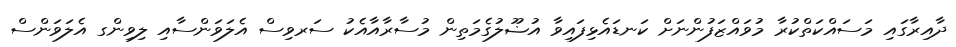
ދާއިރާގައި މަސައްކަތްކުރާ މުވައްޒަފުންނަށް ކަނޑައެޅިފައިވާ އުޟޫލުގެމަތިން މުސާރާއާއެކު ސަރވިސް އެލަވަންސާއި ލިވިންގ އެލަވަންސް